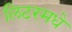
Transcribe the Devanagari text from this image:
लिटरमधे